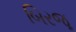
બિરજૂ